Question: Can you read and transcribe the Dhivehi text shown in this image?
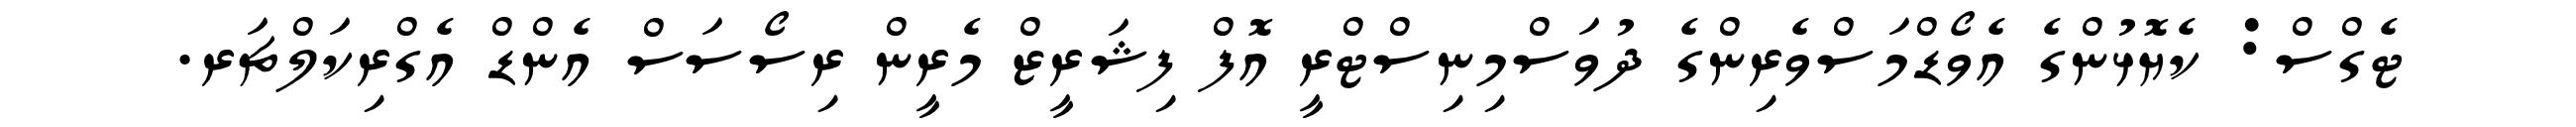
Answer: ޓެގްސް: ކެޔޮޅުންގެ އެވޯޑްމަސްވެރިންގެ ދުވަސްމިނިސްޓްރީ އޮފް ފިޝަރީޒް މެރީން ރިސޯސަސް އެންޑް އެގްރިކަލްޗަރ.